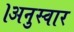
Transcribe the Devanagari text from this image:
।अनुस्वार